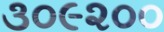
૩૦૯૨૦૦